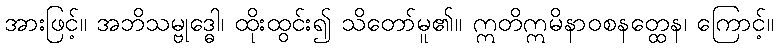
အားဖြင့်။ အဘိသမ္ဗုဒ္ဓေါ၊ ထိုးထွင်း၍ သိတော်မူ၏။ ဣတိဣမိနာဝစနတ္ထေန၊ ကြောင့်။